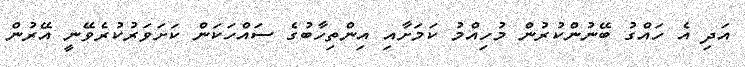
އަދި އެ ހައްގު ބޭނުންކުރުން މުހިއްމު ކަމަށާއި އިންތިހާބުގެ ސައްހަކަން ކަށަވަރުކުރެވޭނީ އޭރުން